Report of an investigation into the causes of the diseases known in Assam as Kála-Azár and Beri-Beri
Disease focus: Beri-Beri
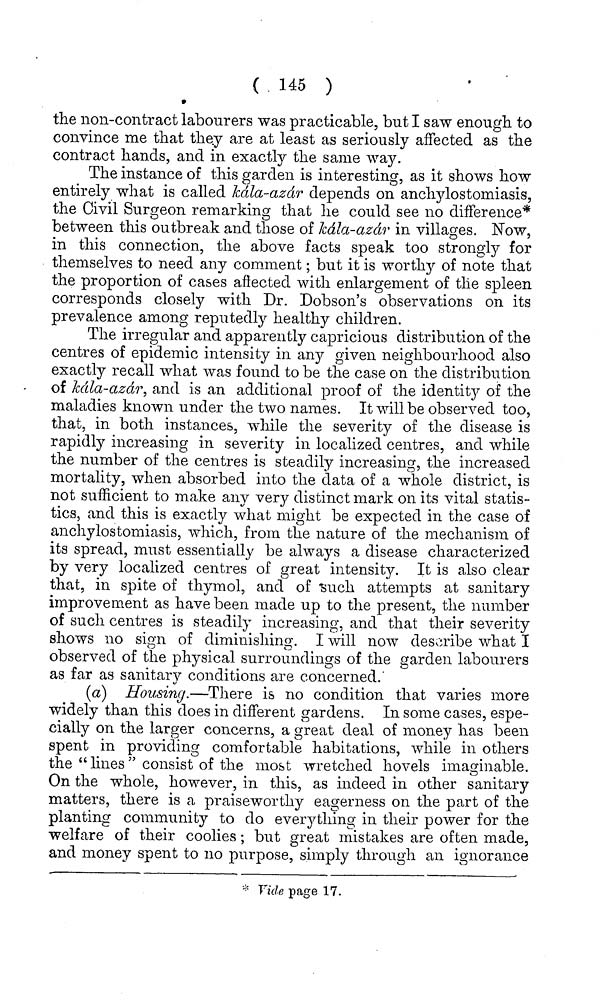
( 145 )
the non-contract labourers was practicable, but I saw enough to
convince me that they are at least as seriously affected as the
contract hands, and in exactly the same way.
The instance of this garden is interesting, as it shows how
entirely what is called kdla-azdr depends on anchylostomiasis,
the Civil Surgeon remarking that he could see no difference*
between this outbreak and those of kdla-azdr in villages. Now,
in this connection, the above facts speak too strongly for
themselves to need any comment; but it is worthy of note that
the proportion of cases affected with enlargement of the spleen
corresponds closely with Dr. Dobson's observations on its
prevalence among reputedly healthy children.
The irregular and apparently capricious distribution of the
centres of epidemic intensity in any given neighbourhood also
exactly recall what was found to be the case on the distribution
of kdla-azdr, and is an additional proof of the identity of the
maladies known under the two names. It will be observed too,
that, in both instances, while the severity of the disease is
rapidly increasing in severity in localized centres, and while
the number of the centres is steadily increasing, the increased
mortality, when absorbed into the data of a whole district, is
not sufficient to make any very distinct mark on its vital statis-
tics, and this is exactly what might be expected in the case of
anchylostomiasis, which, from the nature of the mechanism of
its spread, must essentially be always a disease characterized
by very localized centres of great intensity. It is also clear
that, in spite of thymol, and of "Such attempts at sanitary
improvement as have been made up to the present, the number
of such centres is steadily increasing, and that their severity
shows no sign of diminishing. I will now describe what I
observed of the physical surroundings of the garden labourers
as far as sanitary conditions are concerned.
(a) Housing.—There is no condition that varies more
widely than this does in different gardens. In some cases, espe-
cially on the larger concerns, a great deal of money has been
spent in providing comfortable habitations, while in others
the " lines " consist of the most wretched hovels imaginable.
On the whole, however, in this, as indeed in other sanitary
matters, there is a praiseworthy eagerness on the part of the
planting community to do everything in their power for the
welfare of their coolies; but great mistakes are often made,
and money spent to no purpose, simply through an ignorancẽ
Vide page 17.